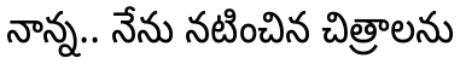
నాన్న.. నేను నటించిన చిత్రాలను